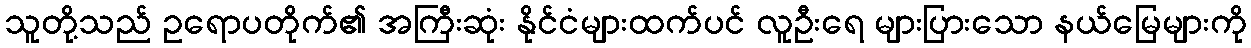
သူတို့သည် ဥရောပတိုက်၏ အကြီးဆုံး နိုင်ငံများထက်ပင် လူဦးရေ များပြားသော နယ်မြေများကို